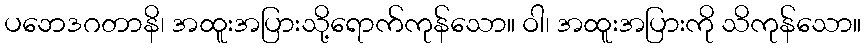
ပဘေဒဂတာနိ၊ အထူးအပြားသို့ရောက်ကုန်သော။ ဝါ၊ အထူးအပြားကို သိကုန်သော။